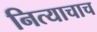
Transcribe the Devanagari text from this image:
नित्याचाच